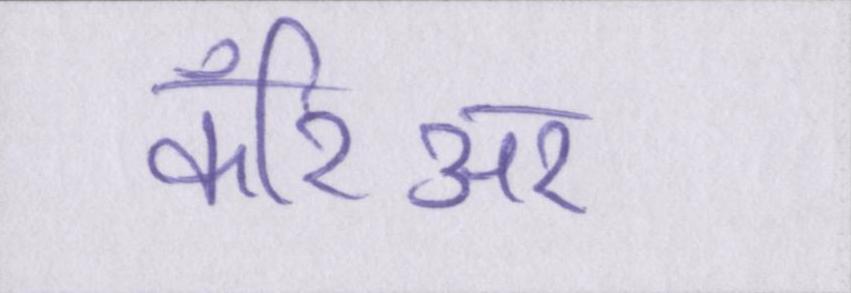
कॅरिअर